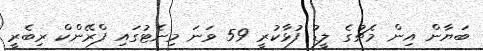
ބަޔާން އިން މެޗުގެ ލީޑު ފުޅާކުރީ 59 ވަނަ މިނެޓުގައި ފްރޭންކް ރިބެރީ